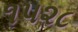
૧૫૨૮